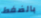
بالضغط